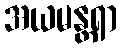
အယမန္တရာ